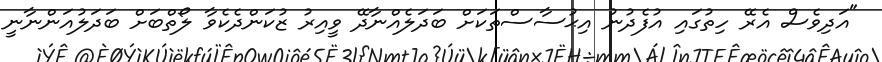
"އަދިވެސް އެރޭ ހިތުގައި އުފެދުނު އިޙުސާސްތަކަށް ބަދަލެއްނާދޭ ވީއިރު ޒުކަންދެކެވާ ލޯތްބަށް ބަދަލުއަންނާނީ